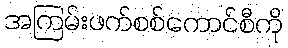
အကြမ်းဖက်စစ်ကောင်စီကို